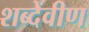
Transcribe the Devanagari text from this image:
शब्देवीण